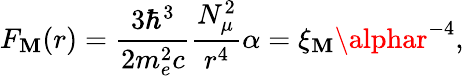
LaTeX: F_{\mathbf{M}}(r)=\frac{{3\hbar^{3}}}{{2m_{e}^{2}c}}\frac{{N_{\mu}^{2}}}{{r^{4}}}\alpha=\xi_{\mathbf{M}}\alphar^{-4},